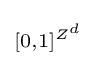
\scriptstyle [0,1]^{Z^{d}}